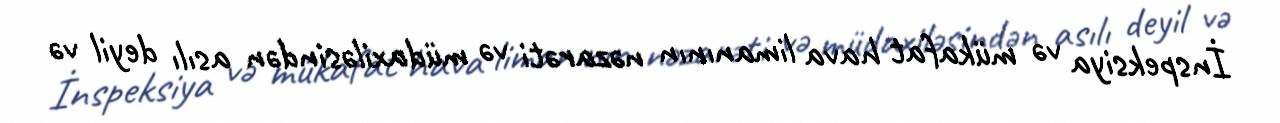
İnspeksiya və mükafat hava limanının nəzarəti və müdaxiləsindən asılı deyil və